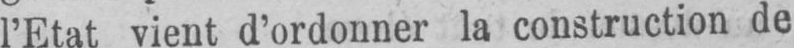
l’Etat vient d’ordonner la construction de